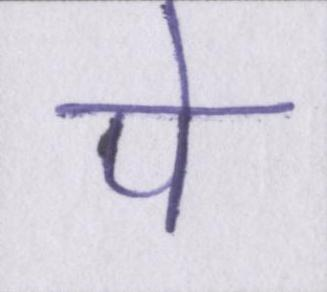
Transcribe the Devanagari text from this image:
पे